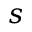
s